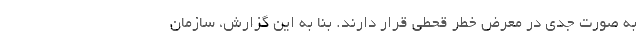
به صورت جدی در معرض خطر قحطی قرار دارند. بنا به این گزارش، سازمان